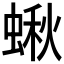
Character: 𧎐